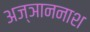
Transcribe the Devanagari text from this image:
अज्ञाननाश